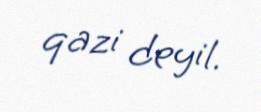
qazi deyil.